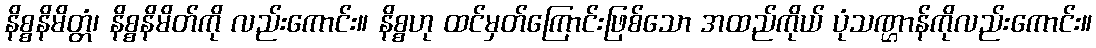
နိစ္စနိမိတ္တံ၊ နိစ္စနိမိတ်ကို လည်းကောင်း။ နိစ္စဟု ထင်မှတ်ကြောင်းဖြစ်သော အထည်ကိုယ် ပုံသဏ္ဌာန်ကိုလည်းကောင်း။